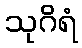
သုဂိရံ